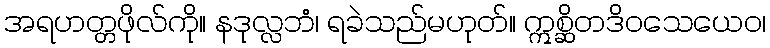
အရဟတ္တဖိုလ်ကို။ နဒုလ္လဘံ၊ ရခဲသည်မဟုတ်။ ဣစ္ဆိတဒိဝသေယေဝ၊